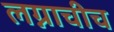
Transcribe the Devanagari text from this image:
लग्नाचीच